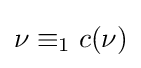
\nu \equiv _{1}c(\nu )